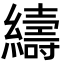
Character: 䌧